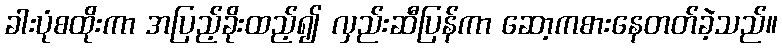
ခါးပုံစထိုးကာ အပြည့်ခိုးထည့်၍ လှည်းဆီပြန်ကာ ဆော့ကစားနေတတ်ခဲ့သည်။